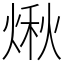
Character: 煍